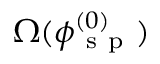
\Omega ( \phi _ { \mathrm { ~ s ~ p ~ } } ^ { ( 0 ) } )